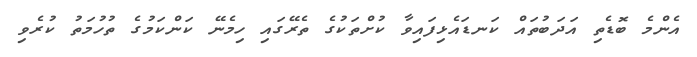
އެންމެ ބޮޑެތި އަދަބުތައް ކަނޑައެޅިފައިވާ ކުށްތަކުގެ ތެރޭގައި ހިމެނޭ ކަންކަމުގެ ތުހުމަތު ކުރެވި